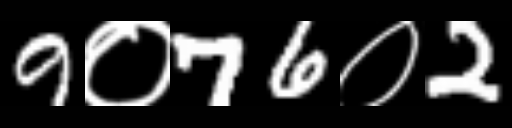
Text: 9०76०2